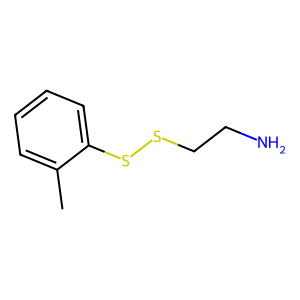
SMILES: Cc1ccccc1SSCCN
Inhibits HIV replication: No